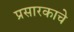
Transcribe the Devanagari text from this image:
प्रसारकाचे